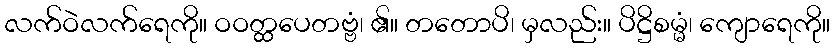
လက်ဝဲလက်ရေကို။ ဝဝတ္ထပေတဗ္ဗံ၊ ၏။ တတောပိ၊ မှလည်း။ ပိဋ္ဌိစမ္မံ၊ ကျောရေကို။